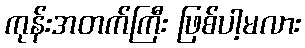
ကုန်းအတက်ကြီး ဖြစ်ပါ့မလား